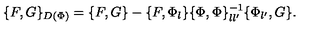
\{ F , G \} _ { D ( \Phi ) } = \{ F , G \} - \{ F , \Phi _ { l } \} \{ \Phi , \Phi \} _ { l l ^ { \prime } } ^ { - 1 } \{ \Phi _ { l ^ { \prime } } , G \} .